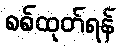
စစ်ထုတ်ရန်